Serum-therapy of plague in India - Number 20
Disease focus: Plague
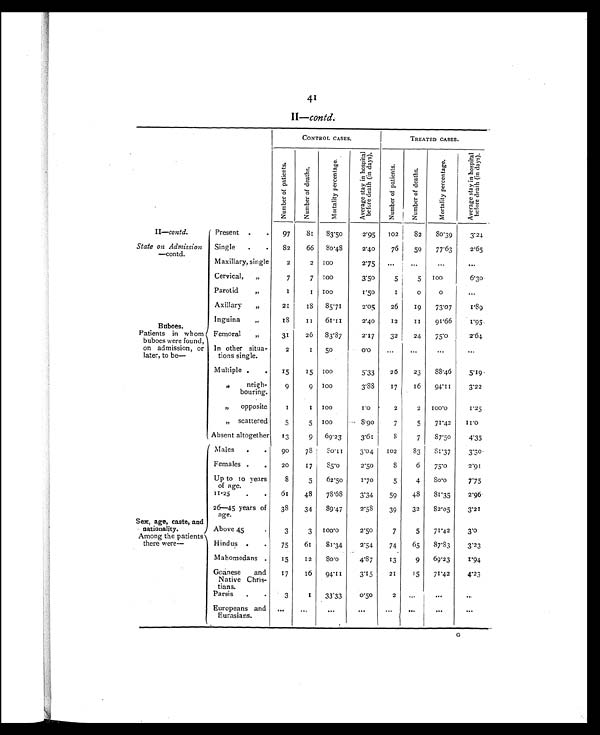
41
I I .
—
c o n t d .
CONTROL CASES.
TREATED CASES.
I
N u m b e r o f p a t i e n t s
N u m b e r o f d e a t h s .
M o r t a l i t y p e r c e n t a g e
A v e r a g e s t a y i n h o s p i t a l b e f o r e d e a t h ( i n d a y s ) .
N u m b e r o f p a t i e n t s
N u m b e r o f D e a t h s .
M o r t a l i t y p e r c e n t a g e .
A v e r a g e s t a y i n h o s p i t a l b e f o r e d e a t h ( i n d a y s )
II—contd.
State on Admission
—contd.
Present .
.
97
8 1
83.50
2.95
102
82
80.39
3.24
Single
.
.
82
66
80.48
2.40
76
59
77.63
2.65
Maxillary, single
2
2 100
2.75
. . .
. . .
. . .
. . .
Cervical,
„
7
7 100
3.50
5
5
100
6.30
Buboes.
Patients in whom
buboes were found,
on admission, or
later, to be—
Parotid
,,
1
1
1 0 0
1.50
1
0
0
...
Axillary
„
21
1 8 85.71
2.05
26
19
73.07
1.89
Inguina
,,
1 8
1 1
6 1 . 1 1
2.40
12
1 1
91.66
1 . 9 5
Femoral
„
31
26
83.87
2.17
32
24
75.0
2.64
In other situa-
tions single.
2
1
50
0.0
...
. . .
. . .
. . .
Multiple . .
15
15 100
5.33
26
23
88.46
5.19
,,
neigh-
bouring.
9
9 100
3.88
17
16
94.11
3.22
,,
opposite
1
1
1 0 0
1.0
2
2
100.0
1 . 2 5
,, scattered
5
5 100
8.90
7
5
71.42
1 1 . 0
Absent altogether
13
9
69.23
3.61
8
7
8 7 . 5 0
4.35
Sex, age, caste, and
nationality.
Among the patients
there were—
Males
. .
90
78
8 0 . 1 1
3.04
102
83
8 1 . 3 7
3.30
Females .
.
20
17
8 5 . 0
2.50
8
6
75.0
2.91
Up to 10 years
of age.
8
5
62.50
1 . 7 0
5
4
8 0 . 0
7 . 7
5
11–25
. .
61
48
78.68
3.34
59
48
81.35
2.96
26–45 years of
age.
38
34
8 9 . 4 7
2.58
39
32
8 2 . 0 5
3.21
Above 45
.
3
3
1 0 0 . 0
2.50
7
5
71.42
3.0
Hindus .
.
75
61
8 1 . 3 4
2.54
74
65
87.83
3.23
Mahomedans .
15
12
8 0 . 0
4.87
13
9
69.23
1 . 9 4
Goanese and
Native Chris-
tians.
17
16
94.11
3.15
21
15
71.42
4.23
Parsis
.
.
3
1
33.33
0.50
2 ...
. . .
...
Europeans and
Eurasians.
. . .
...
. . .
. . .
. . .
. . .
. . .
. . .